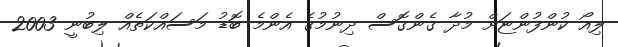
ލިއޯ ކުންފުންޏަށް މުދާ ގެންގޮސް ދިނުމުގެ އެންމެ ބޮޑު މަސައްކަތެއް ލިބުނީ 2003